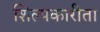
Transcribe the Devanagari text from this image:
शिल्पकारीता